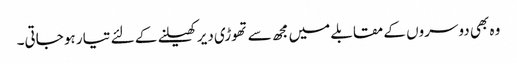
وہ بھی دوسروں کے مقابلے میں مجھ سے تھوڑی دیر کھیلنے کے لئے تیار ہو جاتی۔